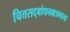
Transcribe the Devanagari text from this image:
चित्तसद्बोधनक्षत्रमाला